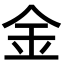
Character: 金